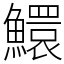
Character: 鱞